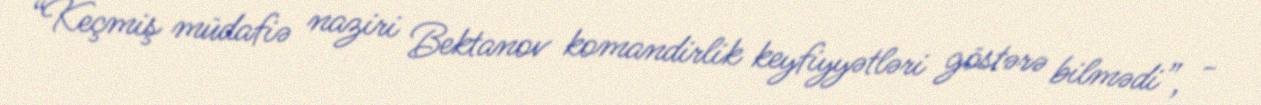
“Keçmiş müdafiə naziri Bektanov komandirlik keyfiyyətləri göstərə bilmədi”, -